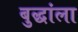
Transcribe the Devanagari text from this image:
बुद्धांला